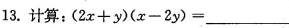
13.计算: $$( 2x + y ) ( x - 2y )$$=_______